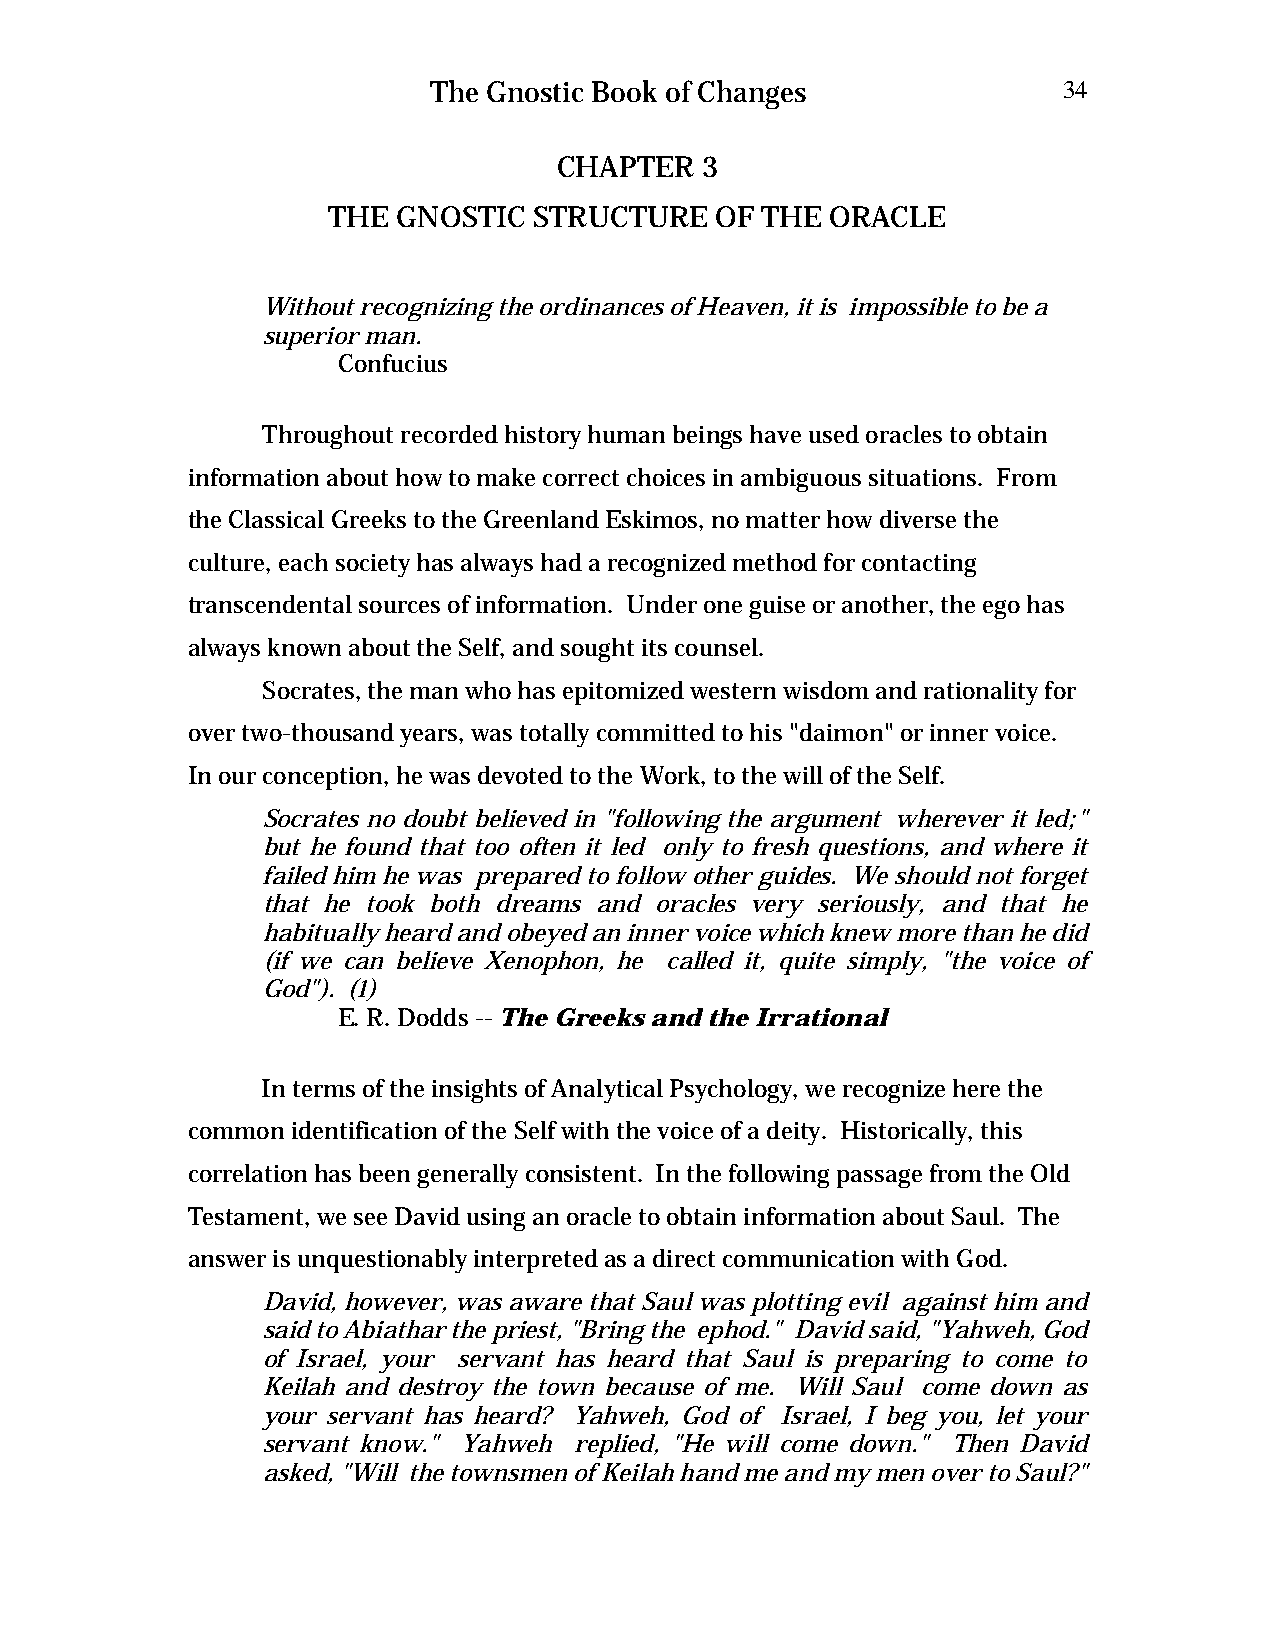
The Gnostic Book of Changes              34
 CHAPTER  3
 THE GNOSTIC  STRUCTURE   OF THE  ORACLE
 Without recognizing the ordinances of Heaven, it is impossible to be a
 superior man.
 Confucius
 Throughout recorded history human beings have used oracles to obtain
 information about how to make correct choices in ambiguous situations. From
 the Classical Greeks to the Greenland Eskimos, no matter how diverse the
 culture, each society has always had a recognized method for contacting
 transcendental sources of information. Under one guise or another, the ego has
 always known about the Self, and sought its counsel.
 Socrates, the man who has epitomized western wisdom and rationality for
 over two-thousand years, was totally committed to his "daimon" or inner voice.
 In our conception, he was devoted to the Work, to the will of the Self.
 Socrates no doubt believed in "following the argument wherever it led;"
 but he found that too often it led only to fresh questions, and where it
 failed him he was prepared to follow other guides. We should not forget
 that he took both dreams and oracles very seriously, and that he
 habitually heard and obeyed an inner voice which knew more than he did
 (if we can believe Xenophon, he called it, quite simply, "the voice of
 God"). (1)
 E. R. Dodds -- The Greeks and the Irrational
 In terms of the insights of Analytical Psychology, we recognize here the
 common identification of the Self with the voice of a deity. Historically, this
 correlation has been generally consistent. In the following passage from the Old
 Testament, we see David using an oracle to obtain information about Saul. The
 answer is unquestionably interpreted as a direct communication with God.
 David, however, was aware that Saul was plotting evil against him and
 said to Abiathar the priest, "Bring the ephod." David said, "Yahweh, God
 of Israel, your servant has heard that Saul is preparing to come to
 Keilah and destroy the town because of me. Will Saul come down as
 your servant has heard? Yahweh, God of Israel, I beg you, let your
 servant know." Yahweh replied, "He will come down." Then David
 asked, "Will the townsmen of Keilah hand me and my men over to Saul?"